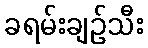
ခရမ်းချဉ်သီး